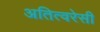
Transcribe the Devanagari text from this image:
अतित्वरेसी